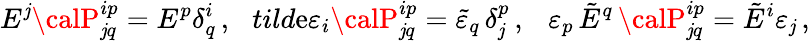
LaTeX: E^{\mathit{j}}{\calP}_{\mathit{j}q}^{ip}=E^{p}\delta_{q}^{i}\, ,\ \ \, tild\mathrm{e}{\varepsilon}_{i}{\calP}_{\mathit{j}q}^{ip}=\tilde{{\varepsilon}}_{q}\, \delta_{\mathit{j}}^{p}\, ,\ \ \ \varepsilon_{p}\, \tilde{{E}}^{q}\, {\calP}_{\mathit{j}q}^{ip}=\tilde{{E}}^{i}\varepsilon_{\mathit{j}}\, ,